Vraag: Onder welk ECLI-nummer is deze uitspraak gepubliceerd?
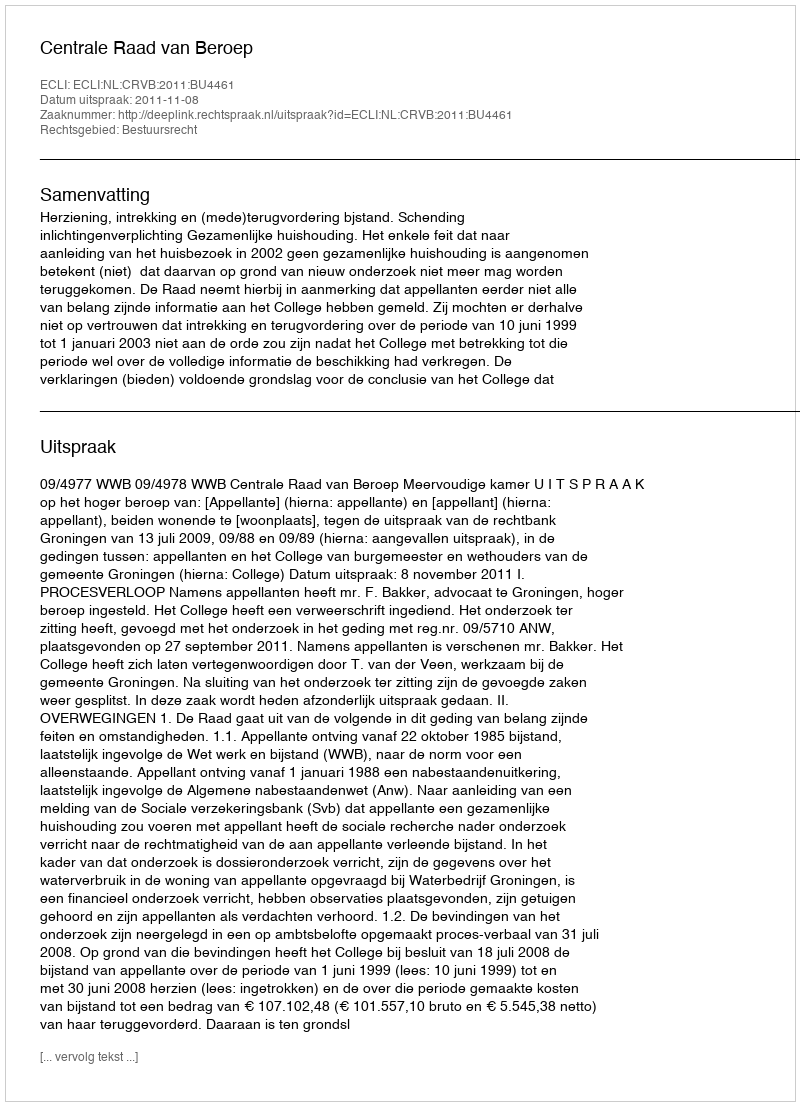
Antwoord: ECLI:NL:CRVB:2011:BU4461